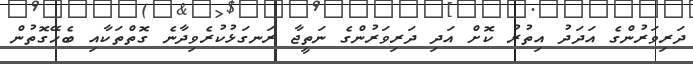
ދަރިވަރުންގެ އަދަދު އިތުރު ކޮށް އަދި ދަރިވަރުންގެ ނަތީޖާ ރަނގަޅުކުރެވިދާނެ ގޮތްތަކާއި ބެހޭގޮތުން